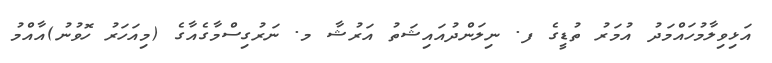
އަޅިވިލާމުހައްމަދު އުމަރު ތުޑީގެ ފ. ނިލަންދުއައިޝަތު އަރުޝާ މ. ނަރުގިސްމާގެއާގެ (މިއަހަރު ހޮވުނު)އާއްމު